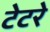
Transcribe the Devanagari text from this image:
टेटरे